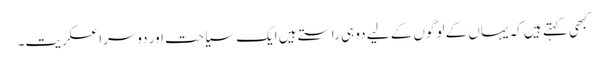
کبھی کہتے ہیں کہ یہاں کے لوگوں کے لیے دو ہی راستے ہیں ایک سیاحت اور دوسرا عسکریت۔